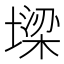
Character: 墚